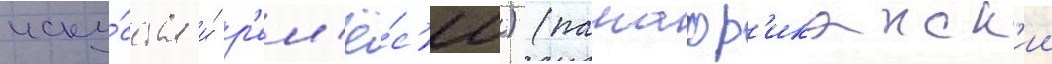
иску́сства и́ р'ем'ё́с'ел) (панафр'иканск'ии